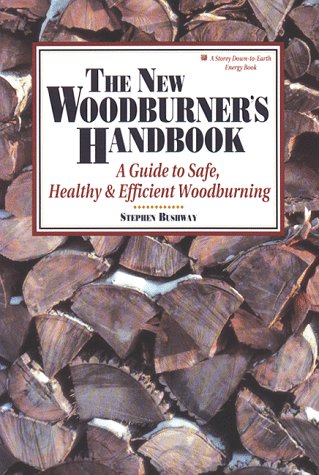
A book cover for The New Woodburner's Handbook (Down-to-Earth Energy Book); Stephen Bushway; Crafts, Hobbies & Home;